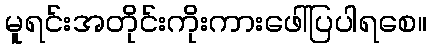
မူရင်းအတိုင်းကိုးကားဖေါ်ပြပါရစေ။